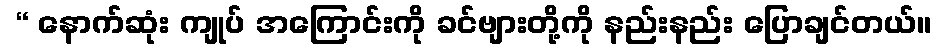
 “ နောက်ဆုံး ကျုပ် အကြောင်းကို ခင်ဗျားတို့ကို နည်းနည်း ပြောချင်တယ်။